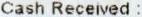
CASH RECEIVED :